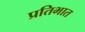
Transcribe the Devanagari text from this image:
प्रतिभात